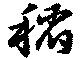
稲